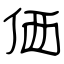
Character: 価